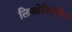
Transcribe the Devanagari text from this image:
लिओनिदोविच